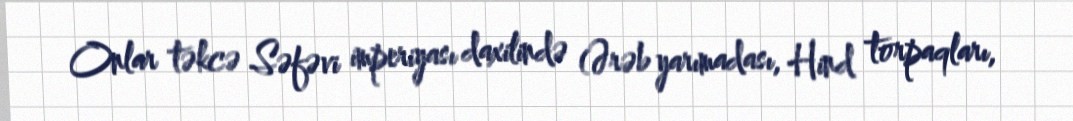
Onlar təkcə Səfəvi imperiyası daxilində (Ərəb yarımadası, Hind torpaqları,